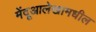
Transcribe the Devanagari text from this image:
मेंदूआलेखामधील